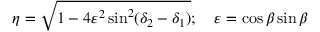
\eta = \sqrt { 1 - 4 \varepsilon ^ { 2 } \sin ^ { 2 } ( \delta _ { 2 } - \delta _ { 1 } ) } ; \quad \varepsilon = \cos \beta \sin \beta